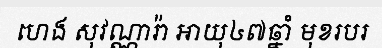
ហេង សុវណ្ណារ៉ា អាយុ៤៧ឆ្នាំ មុខរបរ